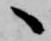
へ